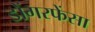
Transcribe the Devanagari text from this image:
डोंगरफेंसा